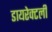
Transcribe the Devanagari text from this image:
डायरेक्टली